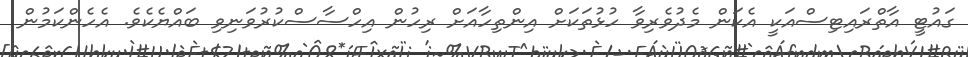
ގައުޓީ އާތްރައިޓިސްއަކީ އެކަން މެދުވެރިވާ ހުޅުތަކަށް އިންތިހާއަށް ރިހުން އިހްސާސްކުރުވަނިވި ބައްޔެކެވެ. އެހެންކަމުން